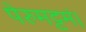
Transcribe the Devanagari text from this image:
पेरुमट्टमं।